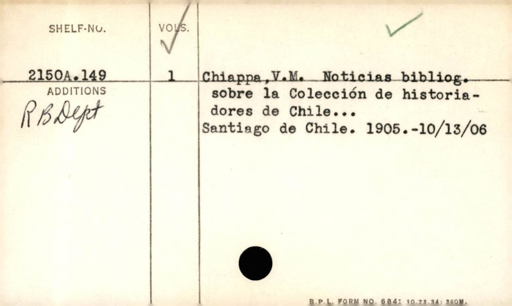
Label: content